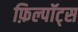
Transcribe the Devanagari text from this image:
फ़िल्पॉट्स